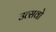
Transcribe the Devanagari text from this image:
उत्सवो